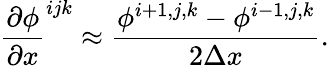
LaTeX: \frac{\partial\phi}{\partial x}^{ijk}\approx\frac{\phi^{i+1,j,k}-\phi^{i-1,j,k}}{2\Delta x}.